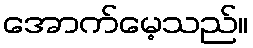
အောက်မေ့သည်။